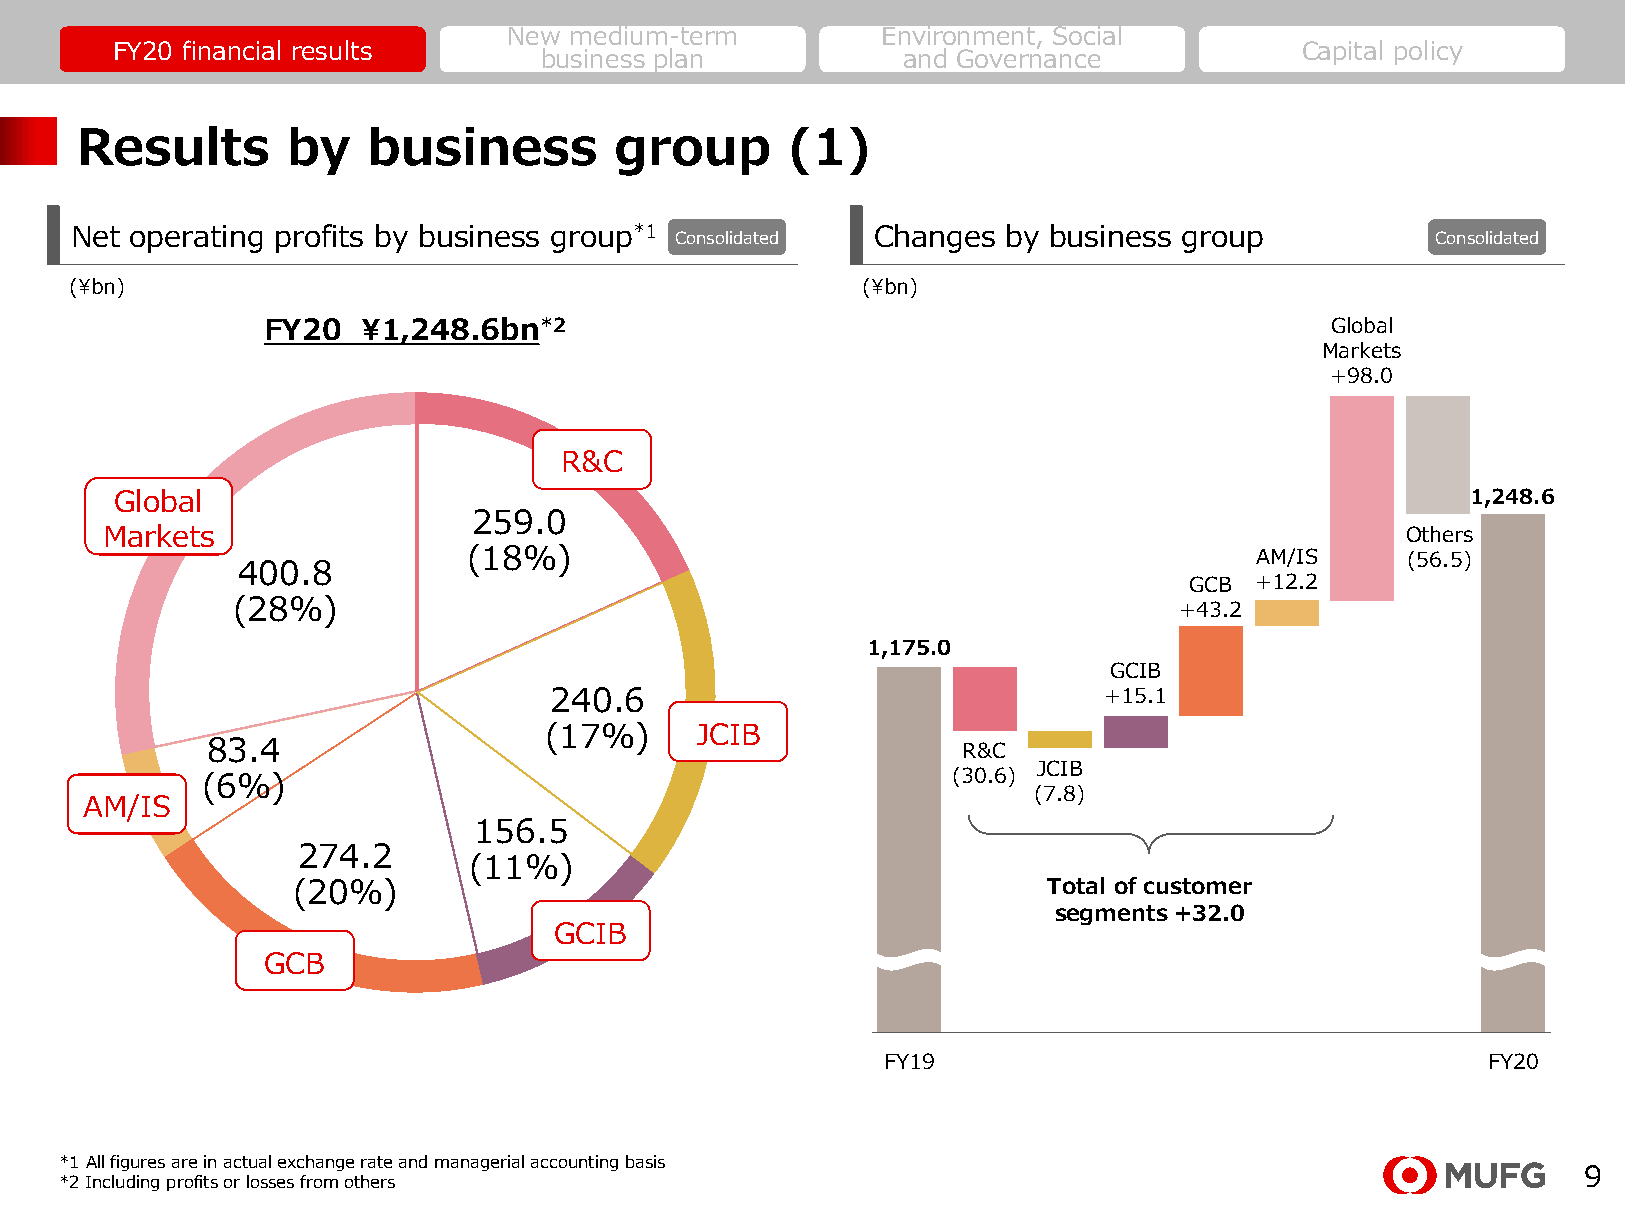
New medium-term         Environment, Social
 FY20 financial results                                                         Capital policy
 business plan           and Governance
 Results       by   business         group      (1)
 Net operating profits by business group*1 Consolidated Changes by business group          Consolidated
 (¥bn)                                               (¥bn)
 FY20   ¥1,248.6bn*2                                                    Global
 Markets
 +98.0
 R&C
 Global                                                                                   1,248.6
 259.0
 Markets                                                                               Others
 (18%)                                               AM/IS     (56.5)
 400.8
 GCB +12.2
 (28%)                                                          +43.2
 1,175.0
 GCIB
 240.6                                +15.1
 (17%)     JCIB
 83.4                                              R&C
 JCIB
 (30.6)
 (6%)
 (7.8)
 AM/IS
 156.5
 274.2
 (11%)
 (20%)                                             Total of customer
 segments +32.0
 GCIB
 GCB
 FY19                                   FY20
 *1 All figures are in actual exchange rate and managerial accounting basis
 9
 *2 Including profits or losses from others